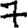
Digit: 7